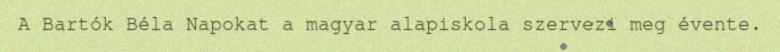
A Bartók Béla Napokat a magyar alapiskola szervezi meg évente.